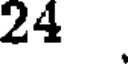
24